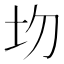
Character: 𡉍